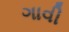
ગાવી